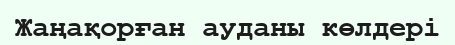
Жаңақорған ауданы көлдері